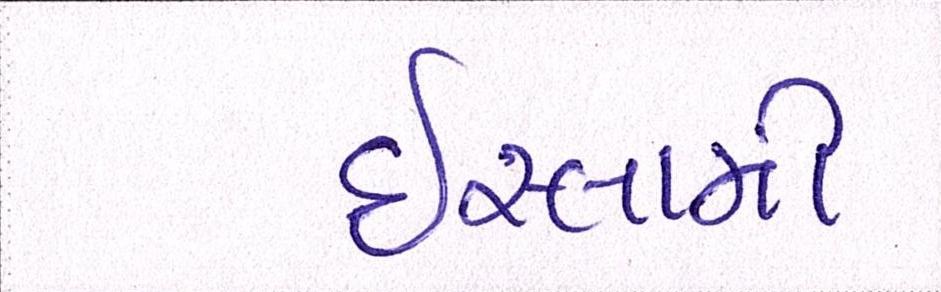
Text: ઈસ્લામી